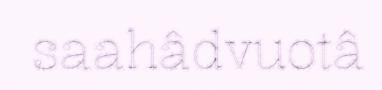
saahâdvuotâ